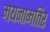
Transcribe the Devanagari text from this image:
मयनामतिर